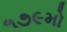
૧૭૯મો